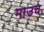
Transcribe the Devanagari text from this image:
माउच